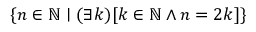
\{ n \in \mathbb { N } \mid ( \exists k ) [ k \in \mathbb { N } \land n = 2 k ] \}